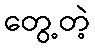
တွေ့တဲ့